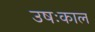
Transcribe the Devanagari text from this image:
उषःकाल